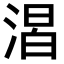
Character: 𣹈